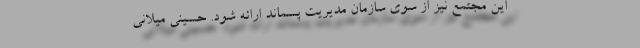
این مجتمع نیز از سوی سازمان مدیریت پسماند ارائه شود. حسینی میلانی